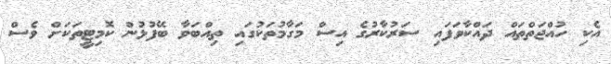
އެކި ހުއްޖަތްތައް ދައްކާވަފައި ސަރުކާރުގެ އިސް މަގާމުތަކުގައި ތިއްބަވާ ބޭފުޅުން ކޮމިޓީތަކަށް ވެސް